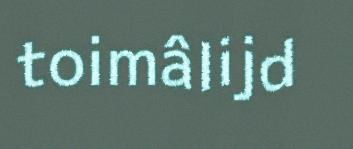
toimâlijd